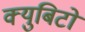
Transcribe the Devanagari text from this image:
क्युबिटों